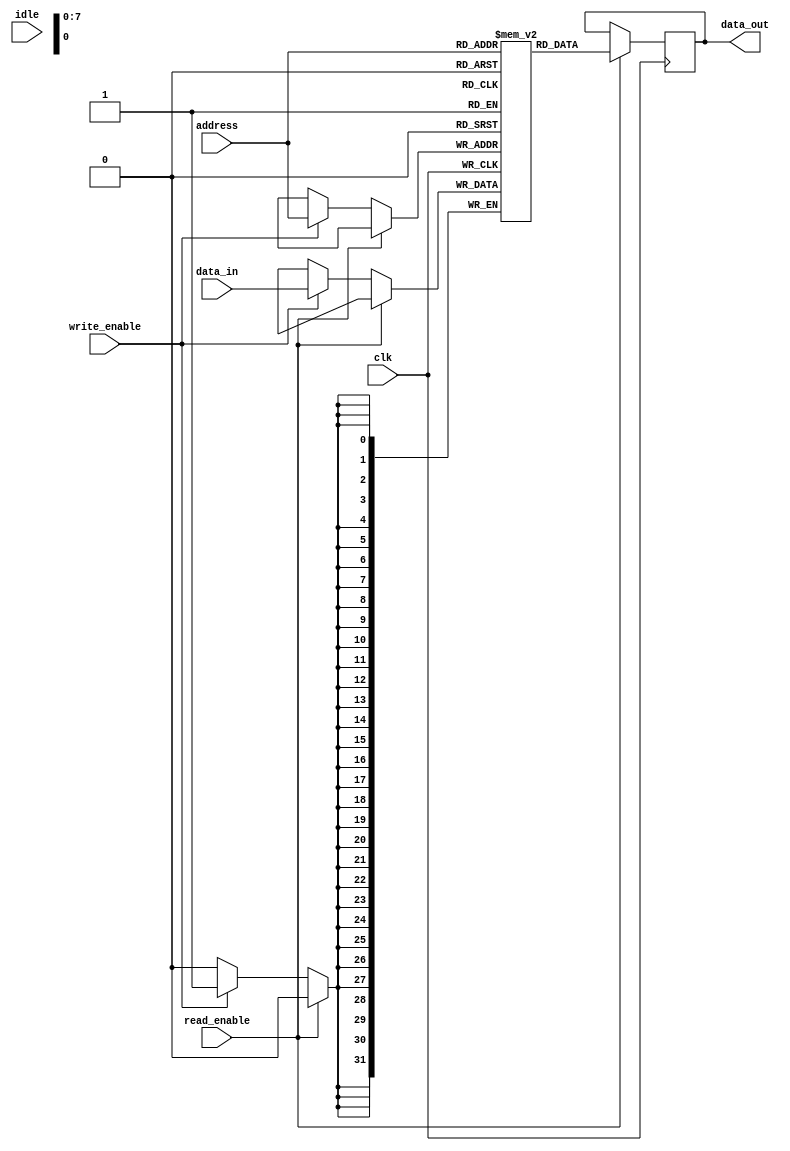
module memory_block (
    input wire clk,                // Clock signal
    input wire read_enable,        // Read enable signal
    input wire write_enable,       // Write enable signal
    input wire idle,               // Idle signal
    input wire [7:0] address,      // Address for memory access
    input wire [31:0] data_in,     // Data input for write operations
    output reg [31:0] data_out     // Data output for read operations
);

    // Memory array (for example, 256 x 32-bit)
    reg [31:0] memory_array [0:255];

    always @(posedge clk) begin
        if (read_enable) begin
            data_out <= memory_array[address]; // Read operation
        end else if (write_enable) begin
            memory_array[address] <= data_in; // Write operation
        end
    end

endmodule